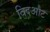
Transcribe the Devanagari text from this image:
विदऔट